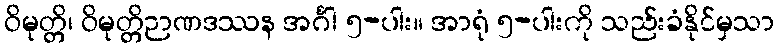
ဝိမုတ္တိ၊ ဝိမုတ္တိဉာဏဒဿန အင်္ဂါ ၅-ပါး။ အာရုံ ၅-ပါးကို သည်းခံနိုင်မှသာ